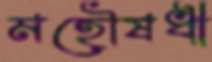
মহৌষধী